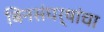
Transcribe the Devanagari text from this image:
बिनसंघर्षांचा